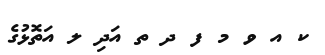
ކ އ ވ މ ފ ދ ތ އަދި ލ އަތޮޅުގެ